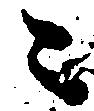
々